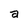
Character: a